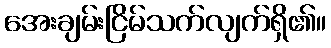
အေးချမ်းငြိမ်သက်လျက်ရှိ၏။